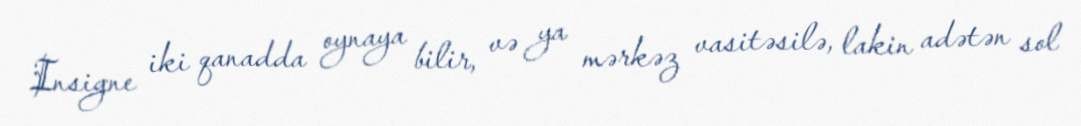
Insigne iki qanadda oynaya bilir, və ya mərkəz vasitəsilə, lakin adətən sol